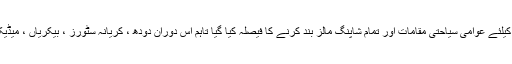
یاد رہے کہ گزشتہ روز پنجاب حکومت کی جانب سے صوبے بھر میں دو روز کیلئے عوامی سیاحتی مقامات اور تمام شاپنگ مالز بند کرنے کا فیصلہ کیا گیا تاہم اس دوران دودھ ، کریانہ سٹورز ، بیکریاں ، میڈیکل سٹورز اور سبزی و پولٹری کی دکانیں کھلی رکھنے کی اجازت دی گئی ہے ۔